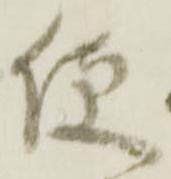
便